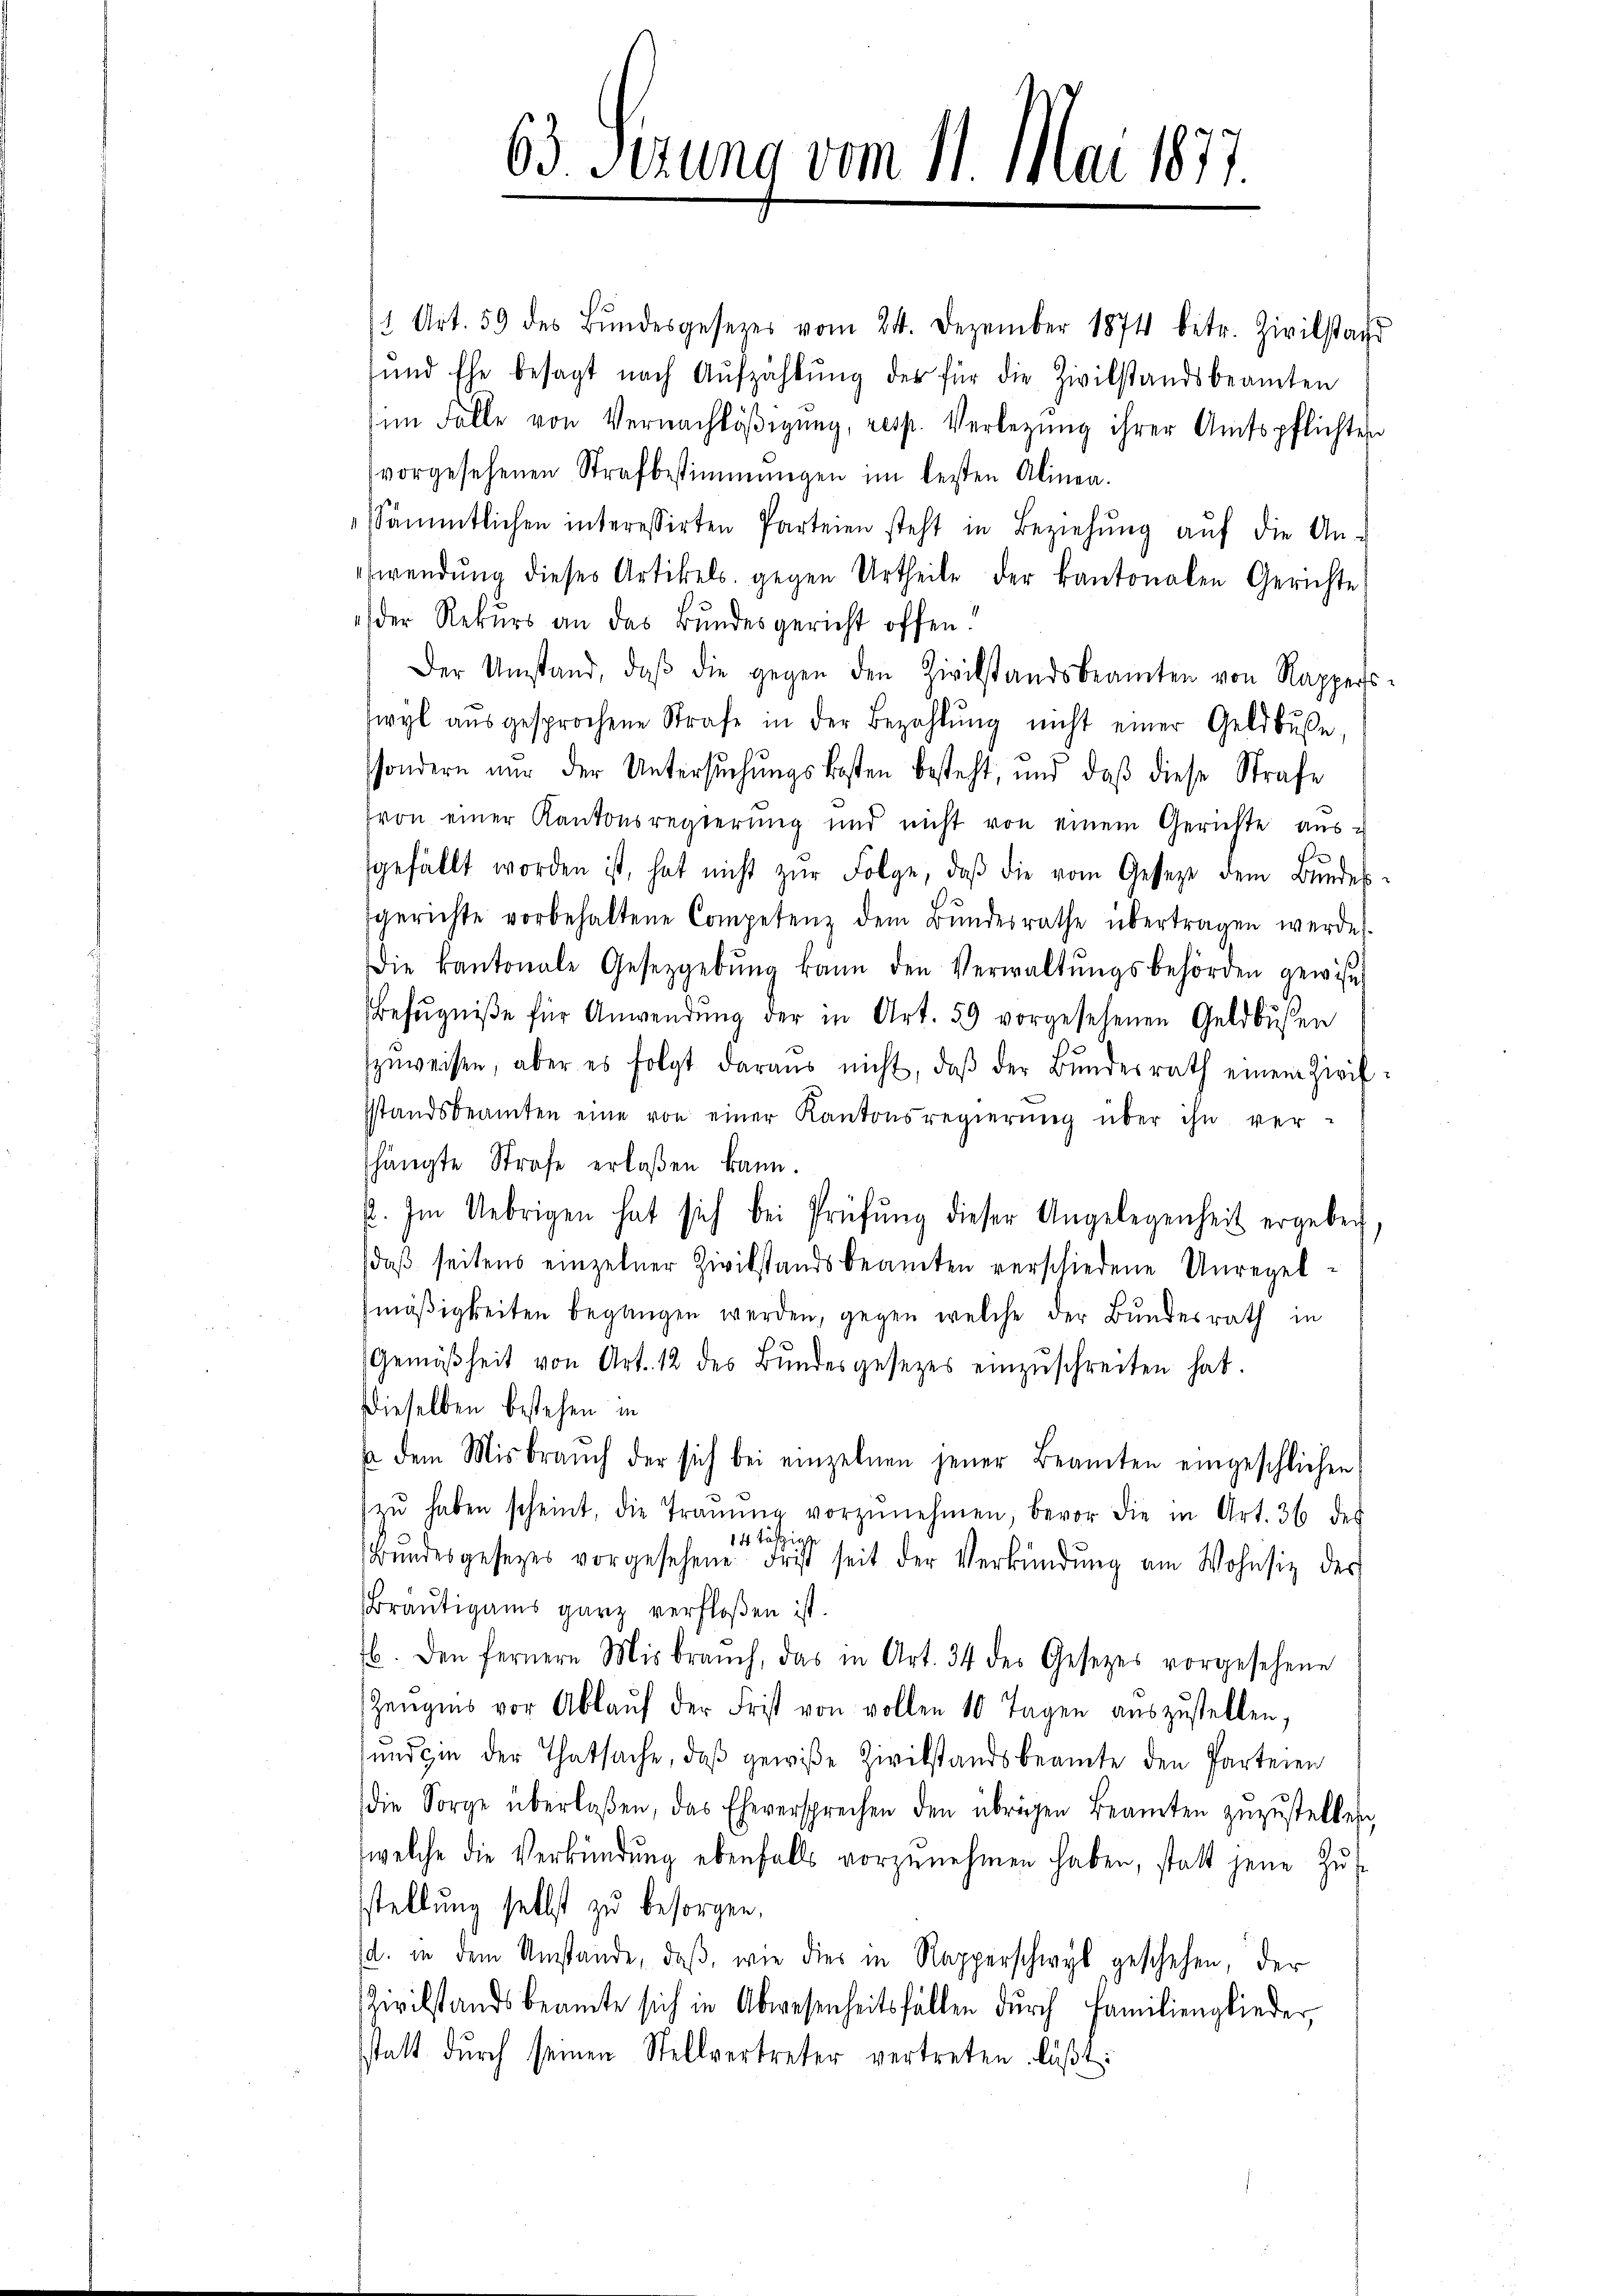
1 Art. 59 des Bŭndesgesezes vom 24. Dezember 1874 betr. Zivilstadt
und Ehe besagt nach Aufzählŭng der für die Zivilstandsbeamten
im Falle von Vernachläβigŭng, resp. Verlegung ihrer Amtspflichten
vorgesehenen Strafbestimmungen im besten Alinea.
Sämmtlichen interessirten Parteien steht in Beziehŭng aŭf die An-
ewendung dieses Artikels gegen Urtheile der kantonalen Gerichte
der Rekurs an das Bundesgericht offen!
Der Umstand, daβ die gegen den Zivilstandsbeamten von Rapperswyl aŭsgesprochene Strafe in der Bezahlŭng nicht einer Geldbŭβe,
ssondern nur der Untersŭchŭngskosten besteht, und daβ diese Strafe
von einer Kantonsregierŭng und nicht von einem Gerichte aŭs-
sgefällt worden ist, hat nicht zŭr Folge, daβ die vom Geseze dem Bŭndes-
sgerichte vorbehaltene Competenz dem Bundesrathe übertragen werde.
Die kantonale Gesetzgebŭng kann den Verwaltŭngsbehörden gewiset
Befugniße für Anwendung der in Art. 59 vorgesehenen Geldbusen
zŭweisen, aber es folgt daraŭs nicht, daβ der Bŭndesrath einem Zivil-
sstandsbeamten eine von einer Kantonsregierŭng über ihn ver-
shängte Strafe erlaßen kann.
2. Im Uebrigen hat sich bei Prüfŭng dieser Angelegenheit ergeben
daβ seitens einzelner Zivilstandsbeamten verschiedene Unregel-
mäßigkeiten begangen werden, gegen welche der Bundesrath in
(Gemäßheit von Art. 12 des Bŭndesgesezes einzŭschreiten hat.
dieselben bestehen in
s dem Misbraŭch der sich bei einzelnen jener Beamten eingeschlichen
zŭ haben scheint, die Traŭŭng vorzŭnehmen, bevor die in Art. 36 des
14 täfzig
Bŭndesgesetzes vorgesehene Frist seit der Verkündŭng am Wohnsiz des
Bräutigams ganz verfloßen ist.
b. Den fernere Misbrauch, das in Art. 34 des Gesetzes vorgesehene
Zeŭgnis vor Ablaŭf der Frist von vollen 10 Tagen aŭszŭstellen,
und in der Thatsache, daβ gewiße Zivilstandsbeamte den Parteien
die Sorge überlaßen, das Eheversprechen den übrigen Beamten zuzustellen
welche die Verkündŭng ebenfalls vorzŭnehmen haben, statt jene Zŭs
stellung selbst zu besorgen,
d. in dem Umstände, daß, wie dies in Rapperschwyl geschehen, der
Zivilstandsbeamte sich in Abwesenheitsfällen dŭrch Familienglieder,
statt durch seinen Stellvertreter vertreten läßt:

63. Serung vom 11. Mai 1877.